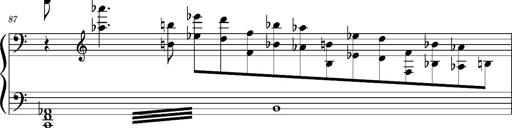
Title: PrÃ©ludes et Harmonies poÃ©tiques et religieuses
Composer: Franz Liszt